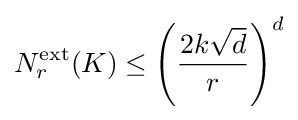
N_{r}^{\text{ext}}(K)\leq \left({\frac {2k{\sqrt {d}}}{r}}\right)^{d}